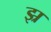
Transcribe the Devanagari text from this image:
झ्र